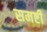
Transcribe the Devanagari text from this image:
समष्टी